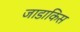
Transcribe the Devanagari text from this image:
जाडाकिस